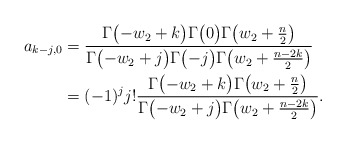
\begin{align*} a_{k-j,0} & = \frac{\Gamma\bigl(-w_2+k\bigr)\Gamma\bigl(0\bigr)\Gamma\bigl(w_2+\frac{n}{2}\bigr)}{\Gamma\bigl(-w_2+j\bigr)\Gamma\bigl(-j\bigr)\Gamma\bigl(w_2+\frac{n-2k}{2}\bigr)} \\ & = (-1)^jj!\frac{\Gamma\bigl(-w_2+k\bigr)\Gamma\bigl(w_2+\frac{n}{2}\bigr)}{\Gamma\bigl(-w_2+j\bigr)\Gamma\bigl(w_2+\frac{n-2k}{2}\bigr)} . \end{align*}